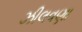
ઝીલવણા